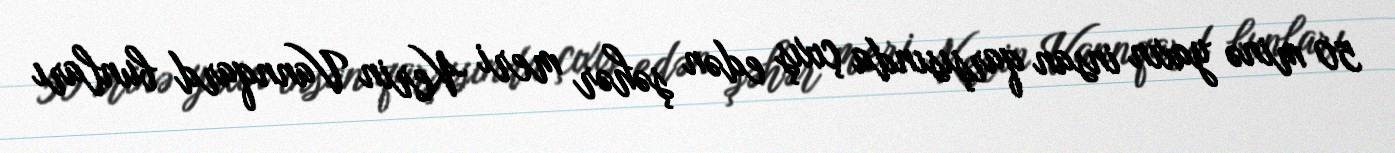
50 minə yaxın insan qarşısında çıxış edən şəhər meri Kerin Vannqard bunları